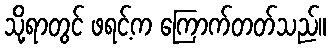
သို့ရာတွင် ဖရင့်က ကြောက်တတ်သည်။